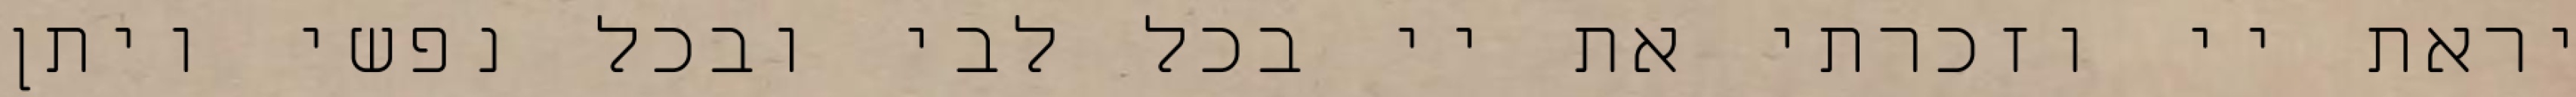
יראת יי וזכרתי את יי בכל לבי ובכל נפשי ויתן